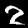
Label: 2